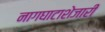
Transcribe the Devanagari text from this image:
नागघाटाशेजारी